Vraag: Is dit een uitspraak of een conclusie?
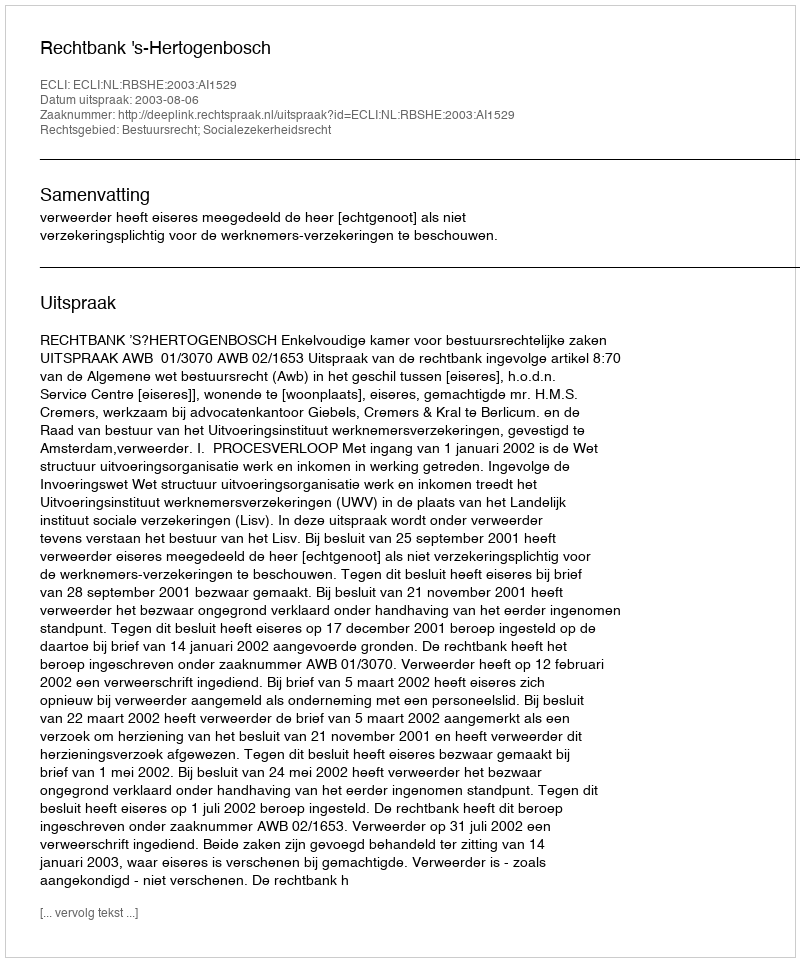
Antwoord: Uitspraak